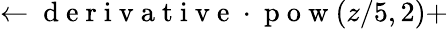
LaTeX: \leftarrow\mathrm{~d~e~r~i~v~a~t~i~v~e~}\cdot\mathrm{~p~o~w~}(z/5,2)+